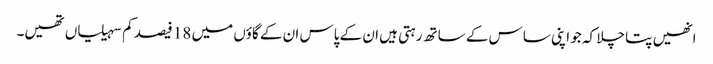
انھیں پتا چلا کہ جو اپنی ساس کے ساتھ رہتی ہیں ان کے پاس ان کے گاؤں میں 18 فیصد کم سہیلیاں تھیں۔